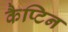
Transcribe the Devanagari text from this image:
कैप्टिन